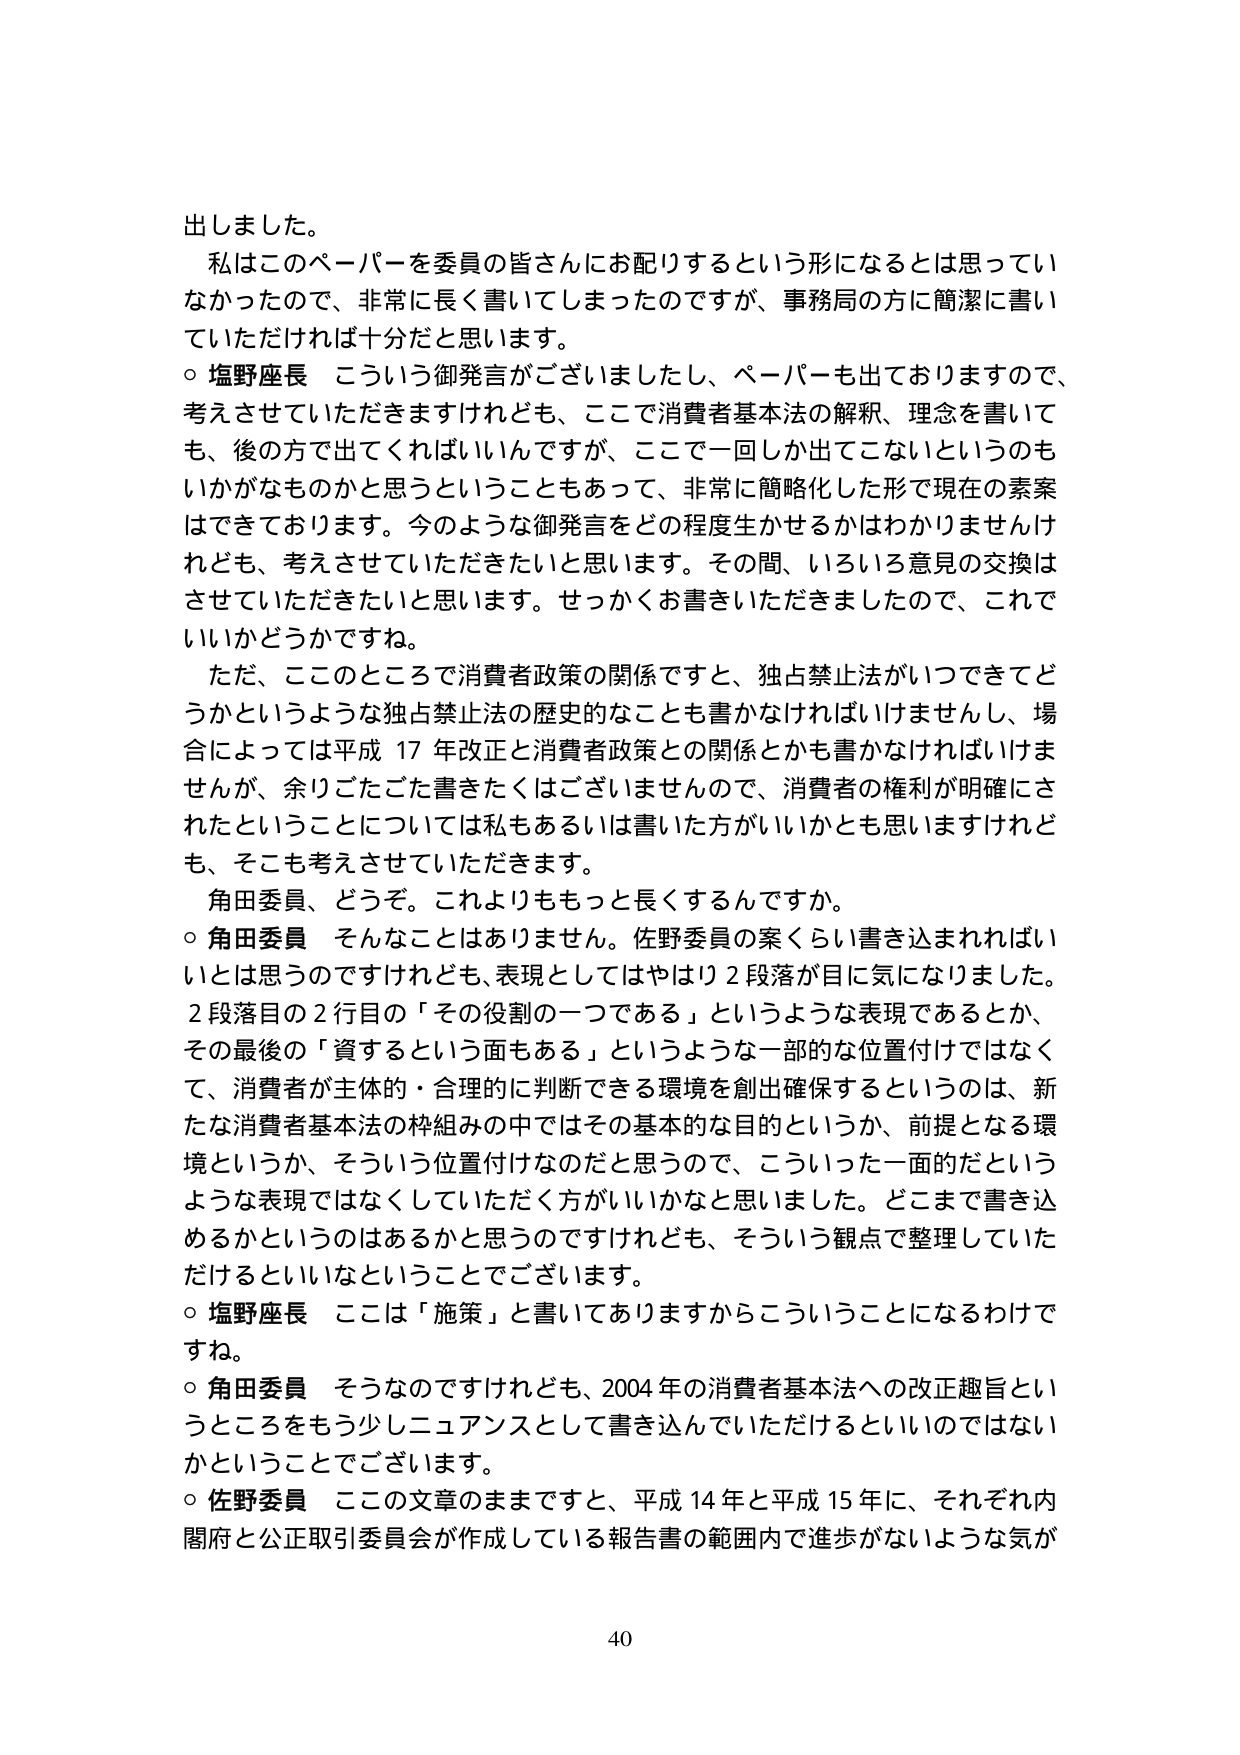
出しました。
私はこのペーパーを委員の皆さんにお配りするという形になるとは思っていなかったので、非常に長く書いてしまったのですが、事務局の方に簡潔に書いていただければ十分だと思います。
○ 塩野座長 こういう御発言がございましたし、ペーパーも出ておりますので、考えさせていただきますけれども、ここで消費者基本法の解釈、理念を書いても、後の方で出てくればいいんですが、ここで一回しか出てこないというのもいかがなものかと思うということもあって、非常に簡略化した形で現在の素案はできております。今のような御発言をどの程度生かせるかはわかりませんけれども、考えさせていただきたいと思います。その間、いろいろ意見の交換はさせていただきたいと思います。せっかくお書きいただきましたので、これでいいかどうかですね。
ただ、このところで消費者政策の関係ですと、独占禁止法がいつできてどうかというような独占禁止法の歴史的なことも書かなければいけませんし、場合によっては平成17年改正と消費者政策との関係とかも書かなければいけませんが、余りごたごた書きたくはございませんので、消費者の権利が明確にされたということについては私もあるいは書いた方がいいかとも思いますけれども、そこも考えさせていただきます。
角田委員、どうぞ。これよりももっと長くするんですか。
○ 角田委員 そんなことはありません。佐野委員の案くらい書き込めればいいとは思うのですけれども、表現としてはやはり2段落が目に気になりました。2段落目の2行目の「その役割の一つである」というような表現であるとか、その最後の「資するという面もある」というような一部的な位置付けではなくて、消費者が主体的・合理的に判断できる環境を創出確保するというのは、新たな消費者基本法の枠組みの中ではその基本的な目的というか、前提となる環境というか、そういう位置付けなのだと思うので、こういった一面的だというような表現ではなくしていただく方がいいかなと思いました。どこまで書き込めるかというのはあるかと思うのですけれども、そういう観点で整理していただけるといいなということでございます。
○ 塩野座長 ここは「施策」と書いてありますからこういうことになるわけですね。
○ 角田委員 そうなのですけれども、2004年の消費者基本法への改正趣旨というところをもう少しニュアンスとして書き込んでいただけるといいのではないかということでございます。
○ 佐野委員 ここの文章のままですと、平成14年と平成15年に、それぞれ内閣府と公正取引委員会が作成している報告書の範囲内で進歩がないような気が
40